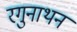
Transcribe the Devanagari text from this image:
रगुनाथन